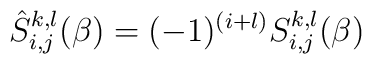
\hat S_{i,j}^{k,l}(\beta )=(-1)^{(i+l)}S_{i,j}^{k,l}(\beta)